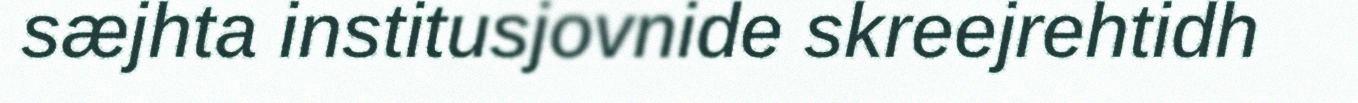
sæjhta institusjovnide skreejrehtidh